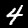
Digit: 4